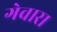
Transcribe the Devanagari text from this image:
गेवारा